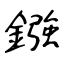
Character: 鏹